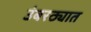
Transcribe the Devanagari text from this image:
उंबरठ्यात